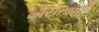
એરીનાની